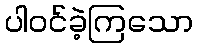
ပါဝင်ခဲ့ကြသော